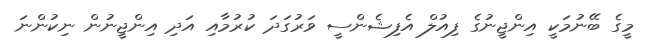
މީގެ ބޭނުމަކީ އިންޖީނުގެ ފިއުލް އެފިޝެންސީ ވަރުގަދަ ކުރުމާއި އަދި އިންޖީނުން ނިކުންނަ